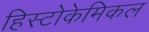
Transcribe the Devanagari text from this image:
हिस्टोकेमिकल